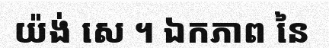
យ៉ង់ សេ ។ ឯកភាព នៃ